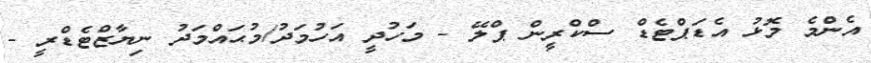
އެންމެ މޮޅު އެޑަޕްޓެޑް ސްކްރީން ޕްލޭ - މަހުދީ އަހުމަދު/މުޙައްމަދު ނިޔާޒްޓެޑްރީ -